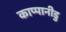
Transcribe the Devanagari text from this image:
काप्पानीडु